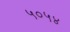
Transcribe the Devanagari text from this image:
५०५४